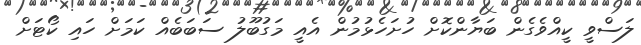
ލަސްވީ ކީއްވެގެން ބަޔާންކޮށް ހުށަހެޅުމުން އެއީ މަގުބޫލު ސަބަބެއް ކަމަށް ހައި ކޯޓަށް